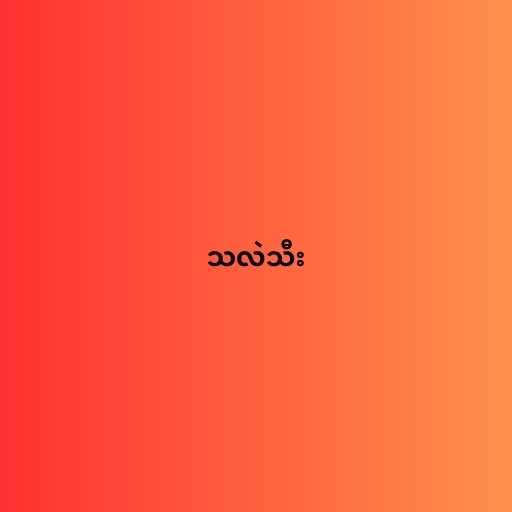
သလဲသီး